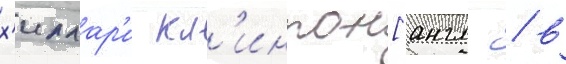
х'иллар'и кл'интон[англ. / в